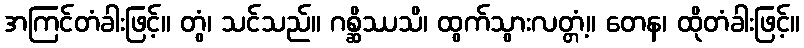
အကြင်တံခါးဖြင့်။ တွံ၊ သင်သည်။ ဂစ္ဆိဿသိ၊ ထွက်သွားလတ္တံ့။ တေန၊ ထိုတံခါးဖြင့်။